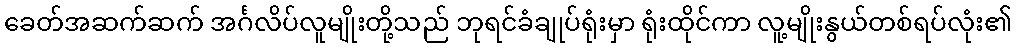
ခေတ်အဆက်ဆက် အင်္ဂလိပ်လူမျိုးတို့သည် ဘုရင်ခံချုပ်ရုံးမှာ ရုံးထိုင်ကာ လူ့မျိုးနွယ်တစ်ရပ်လုံး၏